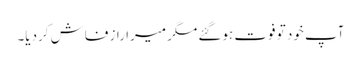
آپ خود تو فوت ہوگئے مگر میرا راز فاش کردیا۔